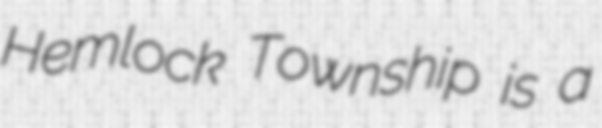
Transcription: Hemlock Township is a